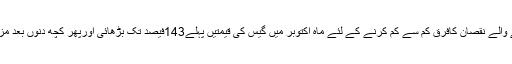
موجودہ حکومت نے گیس کی بڑھتی ہوئی طلب پوری کرنے کی خاطراس کی چوری اور لائن لاسز سے ہونے والے نقصان کافرق کم سے کم کرنے کے لئے ماہ اکتوبر میں گیس کی قیمتیں پہلے143فیصد تک بڑھائی اورپھر کچھ دنوں بعد مزید اضافہ کیا گیا جس کے نتیجے میں ماہ نومبر سے صارفین کو بھاری بھر کم گیس بل ملنا شروع ہوگئے ہیں۔